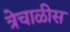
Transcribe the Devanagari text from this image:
त्रेचाळीस